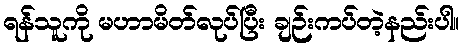
ရန်သူကို မဟာမိတ်လုပ်ပြီး ချဉ်းကပ်တဲ့နည်းပါ။